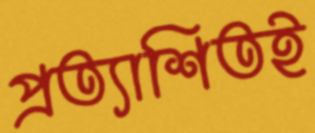
প্রত্যাশিতই